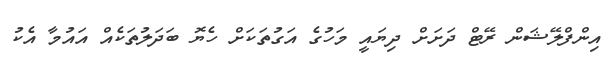
އިންފްލޭޝަން ރޭޓް ދަށަށް ދިޔައީ މަހުގެ އަގުތަކަށް ހެޔޮ ބަދަލުތަކެއް އައުމާ އެކު